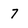
Character: 7